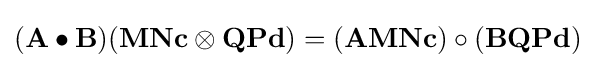
(\mathbf {A} \bullet \mathbf {B} )(\mathbf {M} \mathbf {N} \mathbf {c} \otimes \mathbf {Q} \mathbf {P} \mathbf {d} )=(\mathbf {A} \mathbf {M} \mathbf {N} \mathbf {c} )\circ (\mathbf {B} \mathbf {Q} \mathbf {P} \mathbf {d} )